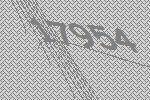
17954